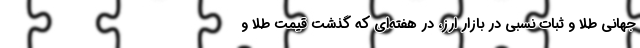
جهانی طلا و ثبات نسبی در بازار ارز، در هفته‌ای که گذشت قیمت طلا و